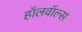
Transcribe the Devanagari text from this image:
हॉलवॉल्स